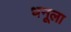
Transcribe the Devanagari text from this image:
धनूला